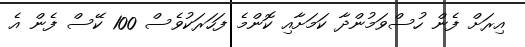
އިރަށް ފެން ހުސްވަމުންދާ ކަމަށާއި ކޮންމެ ފަހަރަކުވެސް 100 ކޭސް ފެން އެ